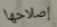
إصلاحها